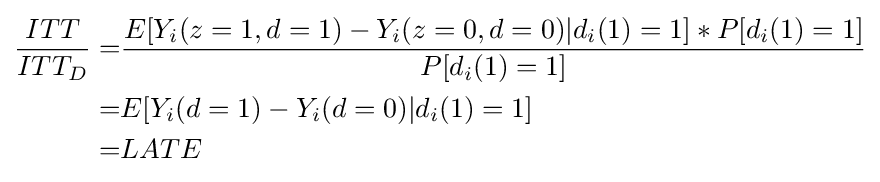
{\begin{aligned}{\frac {ITT}{ITT_{D}}}=&{\frac {E[Y_{i}(z=1,d=1)-Y_{i}(z=0,d=0)|d_{i}(1)=1]*P[d_{i}(1)=1]}{P[d_{i}(1)=1]}}\\=&E[Y_{i}(d=1)-Y_{i}(d=0)|d_{i}(1)=1]\\=&LATE\end{aligned}}